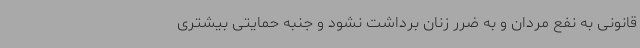
قانونی به نفع مردان و به ضرر زنان برداشت نشود و جنبه حمایتی بیشتری